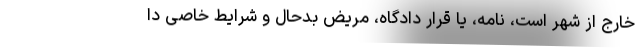
خارج از شهر است، نامه، یا قرار دادگاه، مریض بدحال و شرایط خاصی دا